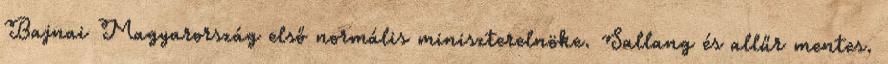
Bajnai Magyarország első normális miniszterelnöke. Sallang és allűr mentes.